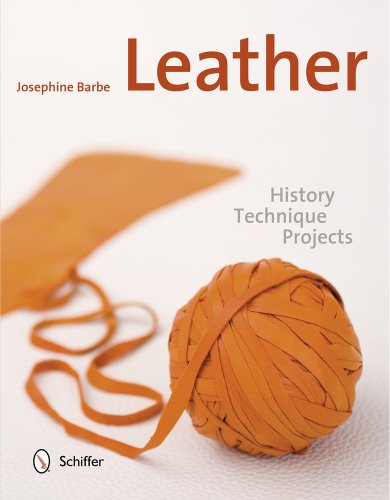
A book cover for Leather: History, Technique, Projects; Josephine Barbe; Crafts, Hobbies & Home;